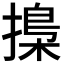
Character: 𢳚